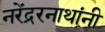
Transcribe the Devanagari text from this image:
नरेंद्ररनाथांनी